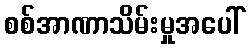
စစ်အာဏာသိမ်းမှုအပေါ်